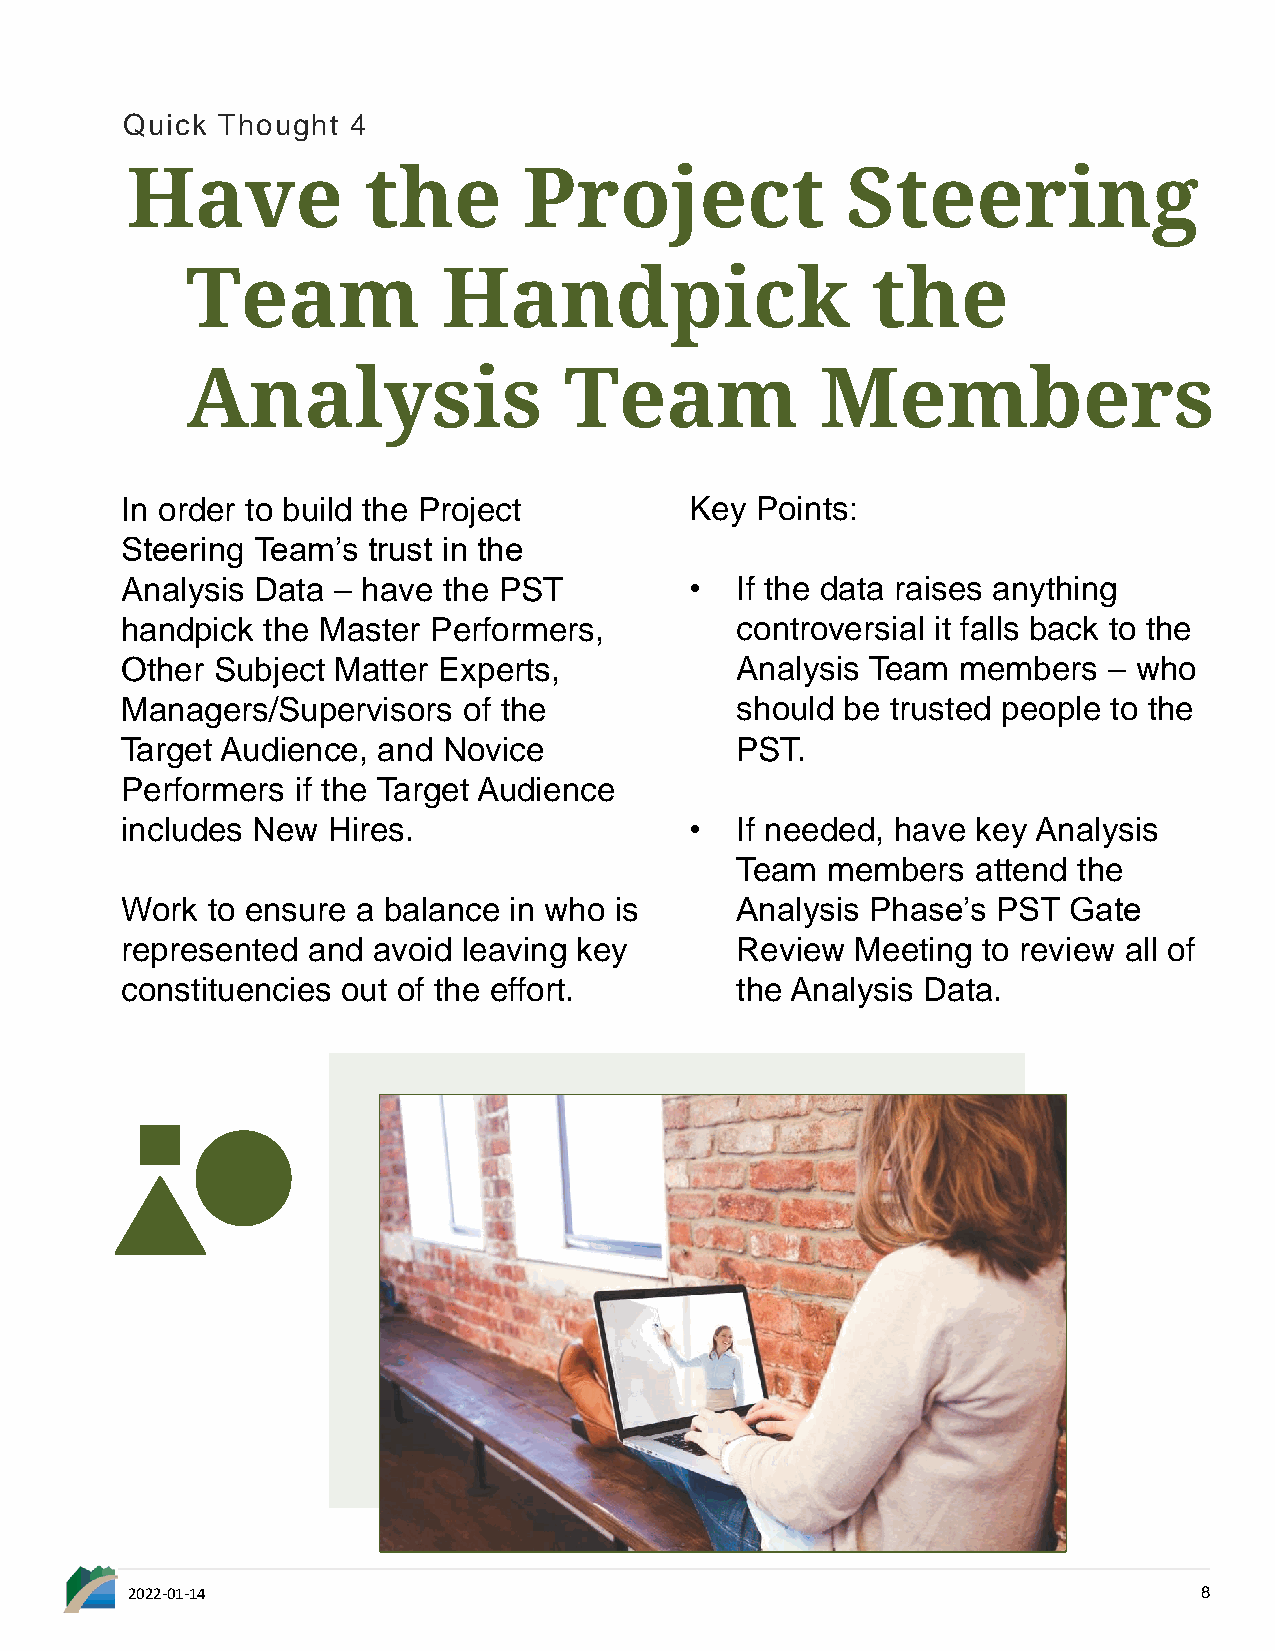
Quick Thought  4
 Have            the        Project              Steering
 Team             Handpick                     the
 Analysis                 Team             Members
 In order to build the Project         Key Points:
 Steering Team’s trust in the
 Analysis Data – have the PST          •  If the data raises anything
 handpick the Master  Performers,         controversial it falls back to the
 Other Subject Matter Experts,            Analysis Team  members  – who
 Managers/Supervisors   of the            should be trusted people to the
 Target Audience, and Novice              PST.
 Performers  if the Target Audience
 includes New  Hires.                  •  If needed, have key Analysis
 Team  members   attend the
 Work  to ensure a balance in who is      Analysis Phase’s PST  Gate
 represented and  avoid leaving key       Review  Meeting to review all of
 constituencies out of the effort.        the Analysis Data.
 2022-01-14                                                              8